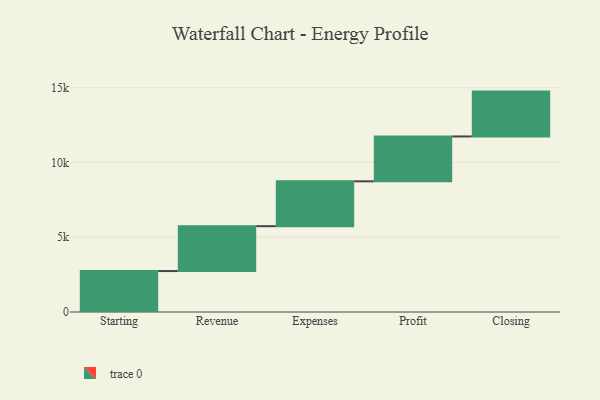
{"axis": {"x": "Step", "y": "Value"}, "legend": [""], "data": [{"x": "Starting", "y": 2739.0, "type": ""}, {"x": "Revenue", "y": 3000, "type": ""}, {"x": "Expenses", "y": 3000, "type": ""}, {"x": "Profit", "y": 3000, "type": ""}, {"x": "Closing", "y": 3000, "type": ""}]}